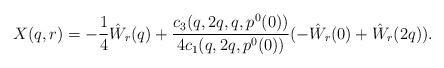
LaTeX: \begin{align*}X(q,r) = -\frac 14 \hat W_r(q) + \frac{c_3(q,2q,q,p^0(0))}{4c_1(q,2q,p^0(0))}(-\hat W_r(0)+\hat W_r(2q)).\end{align*}